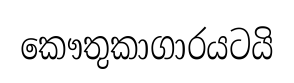
කෞතුකාගාරයටයි